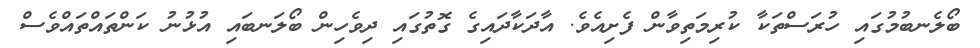
ބޯލެނބުމުގައި ހުރަސްތަކާ ކުރިމަތިވާން ފެށިއެވެ. އާދަކާދައިގެ ގޮތުގައި ދިވެހިން ބޯލަނބައި އުޅުނު ކަންތައްތައްވެސް